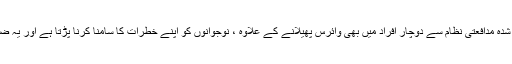
خاندانی معالج ڈاکٹر جین کاڈل نے کہا کہ عمر رسیدہ افراد اور سمجھوتہ شدہ مدافعتی نظام سے دوچار افراد میں بھی وائرس پھیلانے کے علاوہ ، نوجوانوں کو اپنے خطرات کا سامنا کرنا پڑتا ہے اور یہ ضروری ہے کہ وہ اس کو “پارک میں چہل قدمی” پر غور نہیں کریں گے۔